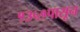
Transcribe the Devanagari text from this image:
१३५१पासून